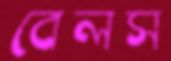
বেলস